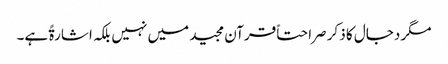
مگر دجال کا ذکر صراحتاً قرآن مجید میں نہیں بلکہ اشارۃً ہے۔